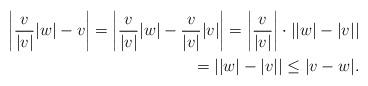
LaTeX: \begin{align*}\begin{aligned}\left|\frac{v}{|v|}|w|-v\right|=\left|\frac{v}{|v|}|w|-\frac{v}{|v|}|v|\right|=\left|\frac{v}{|v|}\right|\cdot\left||w|-|v|\right|\\=\left||w|-|v|\right|\leq|v-w|.\end{aligned}\end{align*}